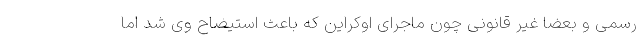
رسمی و بعضاً غیر قانونی چون ماجرای اوکراین که باعث استیضاح وی شد اما